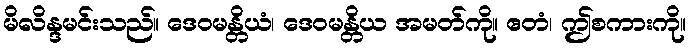
မိလိန္ဒမင်းသည်။ ဒေဝမန္တိယံ၊ ဒေဝမန္တိယ အမတ်ကို။ ဧတံ၊ ဤစကားကို။